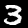
Label: 3